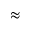
\approx